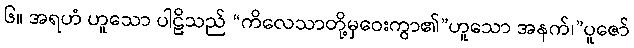
၆။ အရဟံ ဟူသော ပါဠိသည် “ကိလေသာတို့မှဝေးကွာ၏”ဟူသော အနက်၊”ပူဇော်